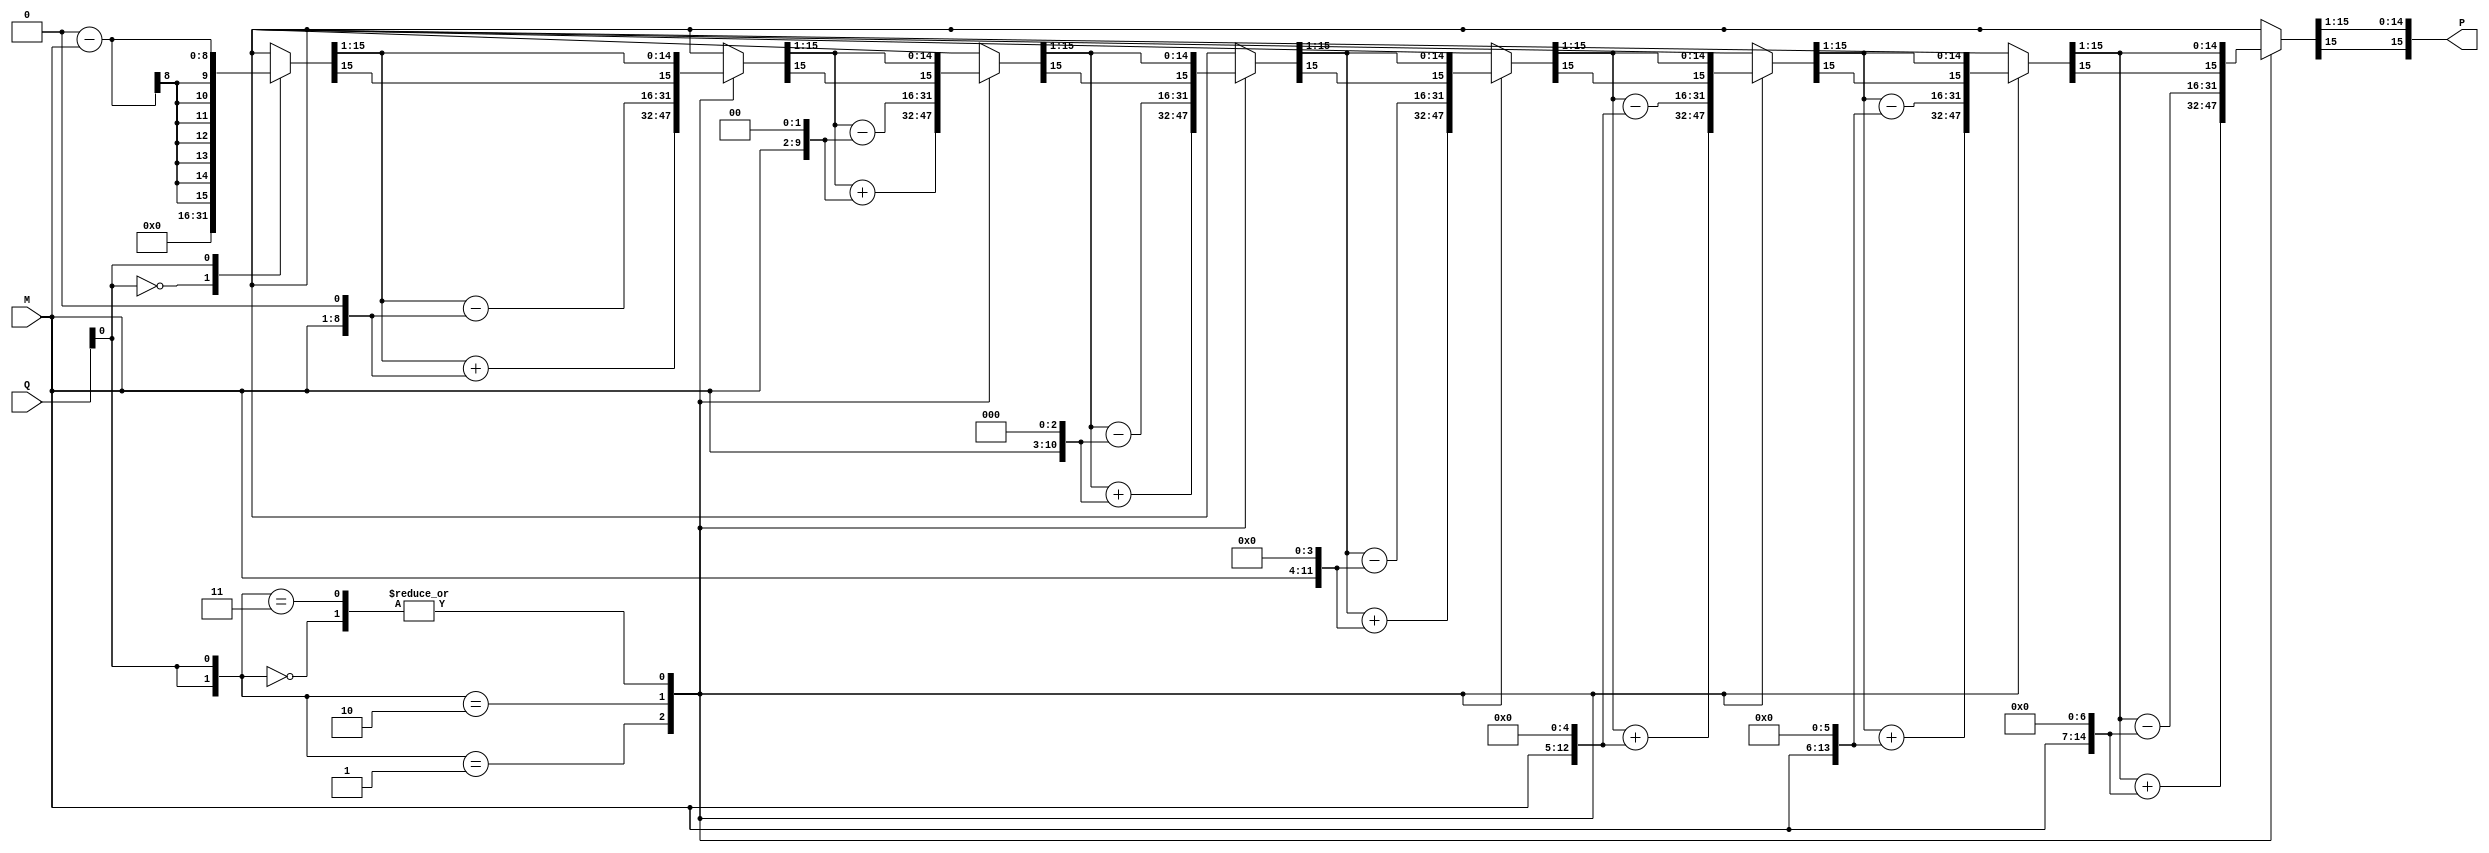
module modified_booth_multiplier #(parameter WIDTH = 8) (
    input signed [WIDTH-1:0] M,      // Multiplicand
    input signed [WIDTH-1:0] Q,      // Multiplier
    output reg signed [2*WIDTH-1:0] P // Product
);

    reg signed [2*WIDTH-1:0] A;      // Accumulator
    reg [WIDTH-1:0] Q_reg;            // Multiplier register
    reg Q_1;                          // Previous bit of multiplier
    integer count;                    // Loop counter

    always @(M, Q) begin
        // Initialization
        A = 0;
        Q_reg = Q;
        Q_1 = 0;
        P = 0;
        count = 0;

        // Booth's algorithm
        for (count = 0; count < WIDTH; count = count + 1) begin
            case ({Q_reg[0], Q_1})
                2'b00: begin
                    // No action
                end
                2'b01: begin
                    // Add multiplicand
                    A = A + (M << count);
                end
                2'b10: begin
                    // Subtract multiplicand
                    A = A - (M << count);
                end
                2'b11: begin
                    // No action
                end
            endcase
            
            // Right shift A and Q
            {A, Q_reg} = {A[2*WIDTH-1], A[2*WIDTH-1:1], Q_reg[WIDTH-1:1], Q_reg[0]};
            Q_1 = Q_reg[0]; // Update Q-1
        end
        
        // Final product
        P = A;
    end

endmodule